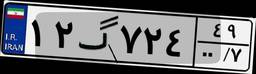
۱۲گ۷۲۴۴۹